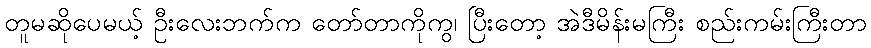
တူမဆိုပေမယ့် ဦးလေးဘက်က တော်တာကိုကွ၊ ပြီးတော့ အဲဒီမိန်းမကြီး စည်းကမ်းကြီးတာ